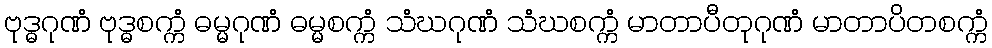
ဗုဒ္ဓဂုဏံ ဗုဒ္ဓစက္ကံ ဓမ္မဂုဏံ ဓမ္မစက္ကံ သံဃဂုဏံ သံဃစက္ကံ မာတာပီတုဂုဏံ မာတာပိတစက္ကံ